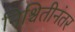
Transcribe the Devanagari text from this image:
निश्चितीनंतर